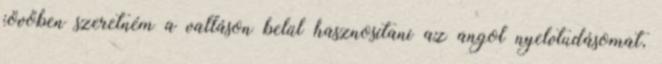
jövőben szeretném a valláson belül hasznosítani az angol nyelvtudásomat,